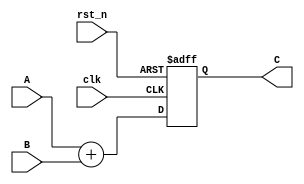
module vector_add(
  input clk,
  input rst_n,
  input [31:0] A,
  input [31:0] B,
  output [31:0] C
  );

assign C = result ;

reg [31:0] result;
  always @ ( posedge clk or negedge rst_n ) begin
    if(!rst_n) begin
      result <= 32'h0;
    end else begin
      result  <=  A + B;
    end
  end
endmodule